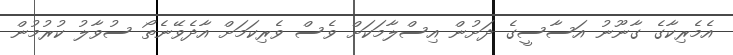
އެމެރިކާގެ ގާނޫނު އަސާސީގެ ދަށުން އިސްލާމަކަށް ވެސް ވެރިކަމަށް އާދެވޭނެތޯ ސުވާލު ކުރުމުން